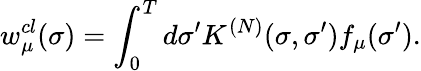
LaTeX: w_{\mu}^{cl}(\sigma)=\int_{0}^{T}d\sigma^{\prime}K^{(N)}(\sigma,\sigma^{\prime})f_{\mu}(\sigma^{\prime}).